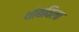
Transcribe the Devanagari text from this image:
थांबविला